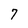
Character: 7